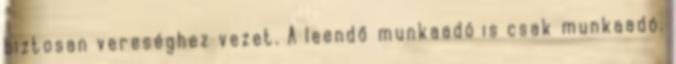
biztosan vereséghez vezet. A leendő munkaadó is csak munkaadó.